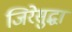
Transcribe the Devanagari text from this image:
जिरेसुद्धा